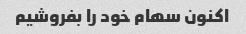
اکنون سهام خود را بفروشیم